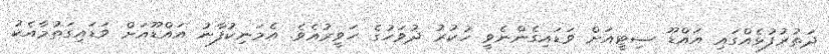
ދަތުރުފުޅެއްގައި އައްޑޫ ސިޓީއަށް ވަޑައިގެންނެވީ ހުކުރު ދުވަހުގެ ހަވީރުއެވެ. އެމަނިކުފާނު އައްޑޫއަށް ވަޑައިގަތުމާއެކު